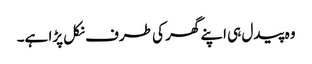
وہ پیدل ہی اپنے گھر کی طرف نکل پڑا ہے۔